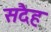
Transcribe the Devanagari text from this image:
सदैह